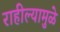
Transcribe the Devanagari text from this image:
राहील्यामुळे